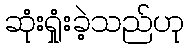
ဆုံးရှုံးခဲ့သည်ဟု